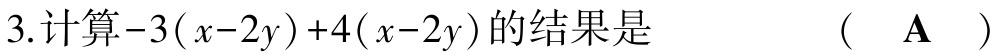
3.计算\(-3(x - 2y)+4(x - 2y)\)的结果是  （  \(\mathbf{A}\)  ）